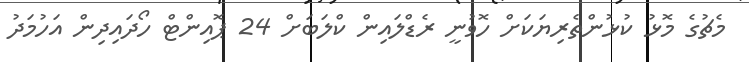
މެޗުގެ މޮޅު ކުޅުންތެރިޔަކަށް ހޮވުނީ ރެޑްލައިން ކްލަބަށް 24 ޕޮއިންޓް ހޯދައިދިން އަހުމަދު